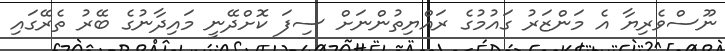
ނޫސްވެރިޔާ އެ މަންޒަރު ގައުމުގެ ރައްޔިތުންނަށް ސިފަ ކޮށްދޭނީ މައިދާނުގެ ބޭރު ތެރޭގައި